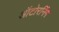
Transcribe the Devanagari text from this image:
ऑटोरनिंग